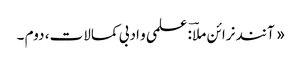
« آنند نرائن ملاؔ : علمی و ادبی کمالات، دوم ۔